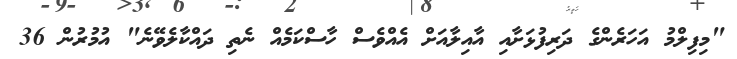
"މިފިލްމު އަހަރެންގެ ދަރިފުޅަށާއި އާއިލާއަށް އެއްވެސް ހާސްކަމެއް ނެތި ދައްކާލެވޭނެ" އުމުރުން 36